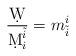
LaTeX: \begin{align*}{\d W\over\d M^{\tilde{i}}_i} = m_{\tilde{i}}^i\end{align*}